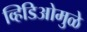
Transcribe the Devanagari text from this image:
व्हिडिओमुळे